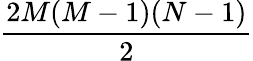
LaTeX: \frac{2M(M-1)(N-1)}{2}